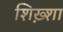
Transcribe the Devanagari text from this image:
शिख़्शा